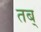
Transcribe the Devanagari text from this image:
तब्